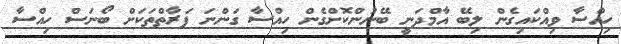
ހިއްސާ ވިއްކައިގެން ލިބޭ އާމްދަނީ ބޭނުންކޮށްގެން ހިއްސާ ގަންނަ ފަރާތްތަކަށް ބޯނަސް ހިއްސާ